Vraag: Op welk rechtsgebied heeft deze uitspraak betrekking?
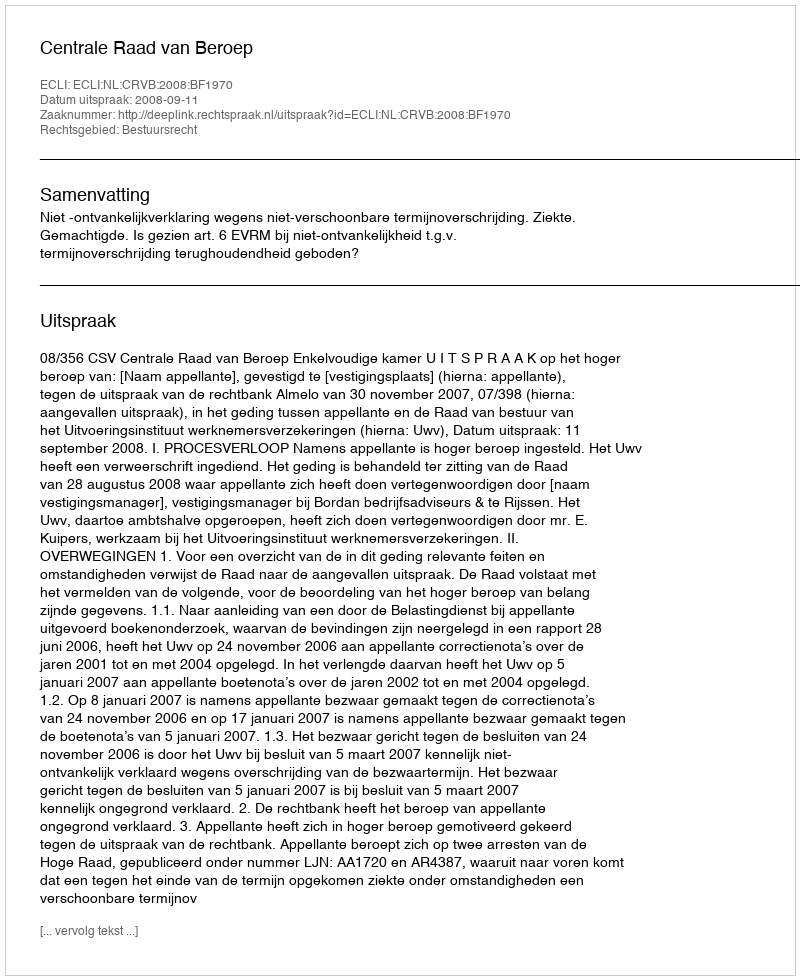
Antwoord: Bestuursrecht